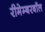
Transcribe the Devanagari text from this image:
रीमेम्बरबॉल